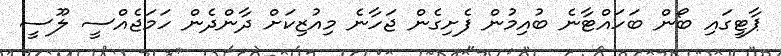
ޕާޓީގައި ބޯން ބަހައްޓާނެ ބުއިމުން ފެށިގެން ޖަހާނެ މިއުޒިކަށް ދާންދެން ހަމަޖެއްސީ ލޫސީ